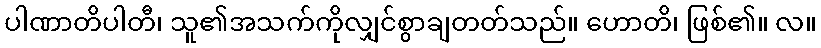
ပါဏာတိပါတီ၊ သူ၏အသက်ကိုလျှင်စွာချတတ်သည်။ ဟောတိ၊ ဖြစ်၏။ လ။